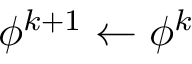
\phi ^ { k + 1 } \leftarrow \phi ^ { k }